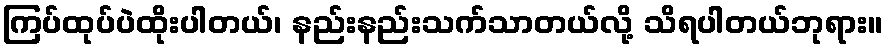
ကြပ်ထုပ်ပဲထိုးပါတယ်၊ နည်းနည်းသက်သာတယ်လို့ သိရပါတယ်ဘုရား။